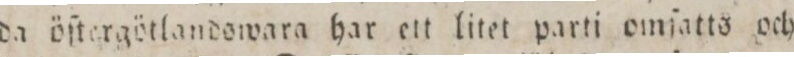
da öſtergötlandowara har ett litet parti omſatts och